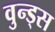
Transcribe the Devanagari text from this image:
वुन्ड्स